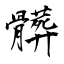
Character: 髒